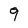
Character: 9